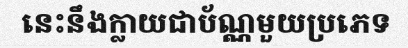
នេះនឹងក្លាយជាប័ណ្ណមួយប្រភេទ